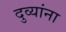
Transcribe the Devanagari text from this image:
दुव्यांना